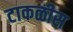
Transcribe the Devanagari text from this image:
टाकळीस